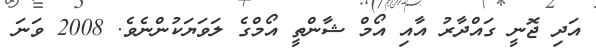
އަދި ޖޮނީ ގައްދާރު އާއި އޯމް ޝާންތީ އޯމްގެ ލަވަޔަކުންނެވެ. 2008 ވަނަ